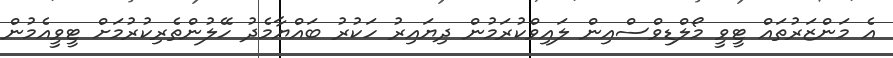
އެ މަންޒަރުތައް ޓީވީ މޯލްޑިވްސްއިން ލައިވްކުރަމުން ދިޔައިރު ހަކުރު ބައްޔާމެދު ހޭލުންތެރިކުރުމަށް ޓީވީއެމުން